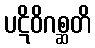
ပဋိဝိဂစ္ဆတိ